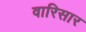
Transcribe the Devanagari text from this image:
वारिसार